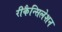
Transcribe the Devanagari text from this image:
रीकैन्सिलेशन